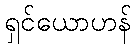
ရှင်ယောဟန်